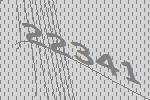
22341